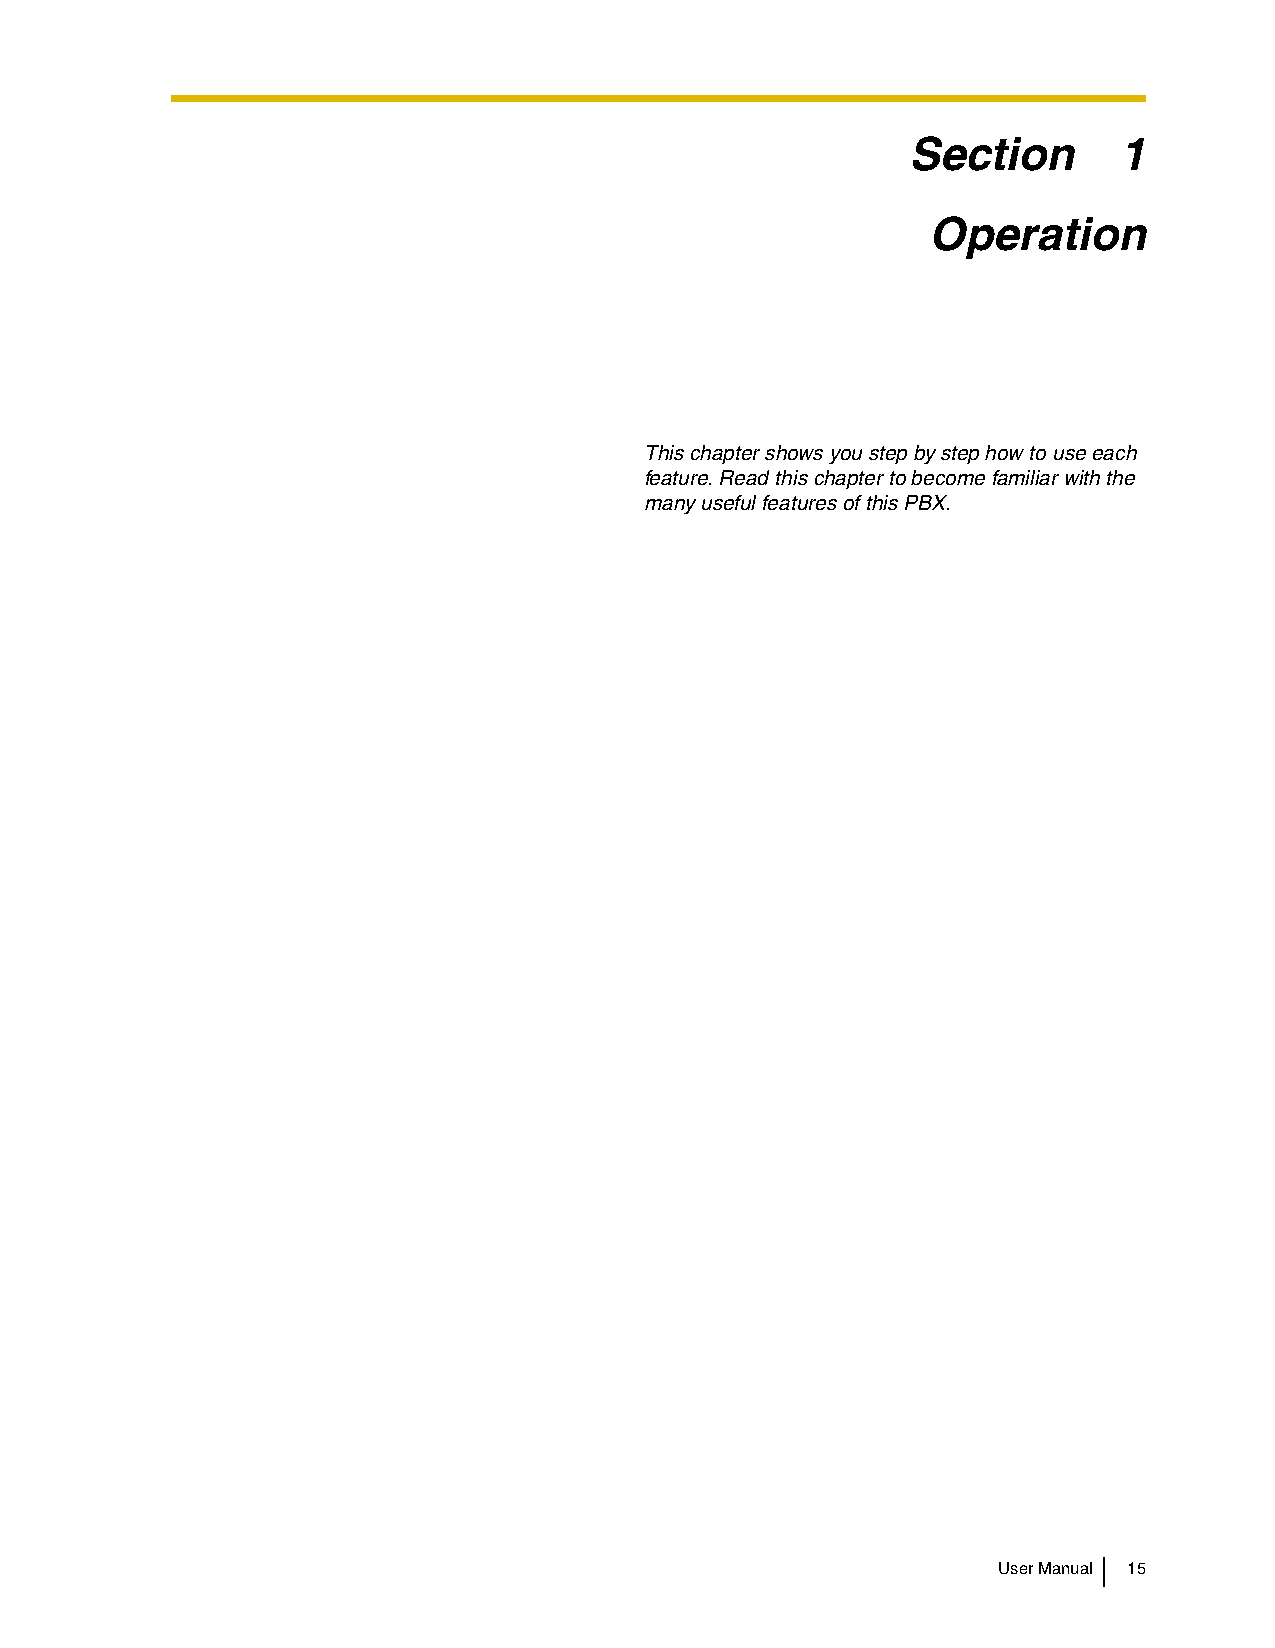
Section       1
 Operation
 This chapter shows you step by step how to use each
 feature. Read this chapter to become familiar with the
 many useful features of this PBX.
 User Manual 15